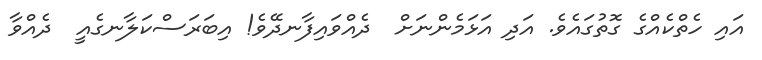
އައި ހެތްކެއްގެ ގޮތުގައެވެ. އަދި އަޅަމެންނަށް  ދެއްވައިފާނދޭވެ! އިބަރަސްކަލާނގެއީ  ދެއްވާ